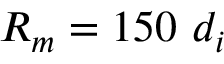
R _ { m } = 1 5 0 ~ d _ { i }